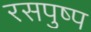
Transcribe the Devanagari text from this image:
रसपुष्प